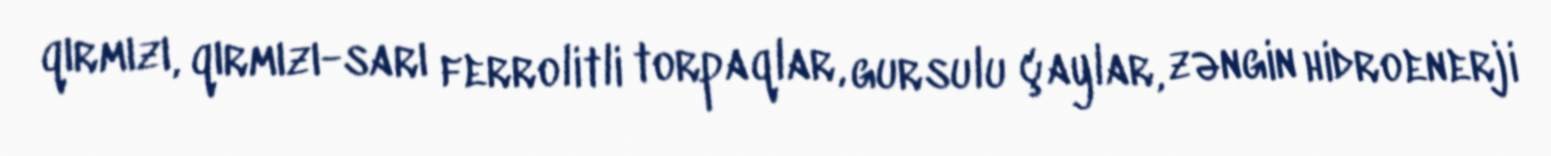
qırmızı, qırmızı-sarı ferrolitli torpaqlar, gursulu çaylar, zəngin hidroenerji